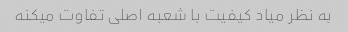
به نظر میاد کیفیت با شعبه اصلی تفاوت میکنه